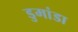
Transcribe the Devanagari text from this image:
डुमांडा